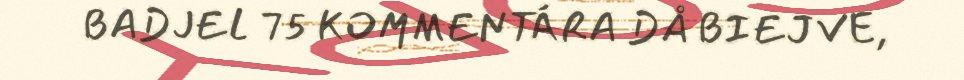
BADJEL 75 KOMMENTÁRA DÅ BIEJVE,